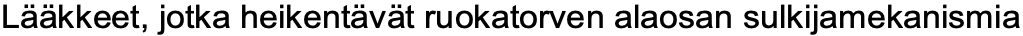
Lääkkeet, jotka heikentävät ruokatorven alaosan sulkijamekanismia